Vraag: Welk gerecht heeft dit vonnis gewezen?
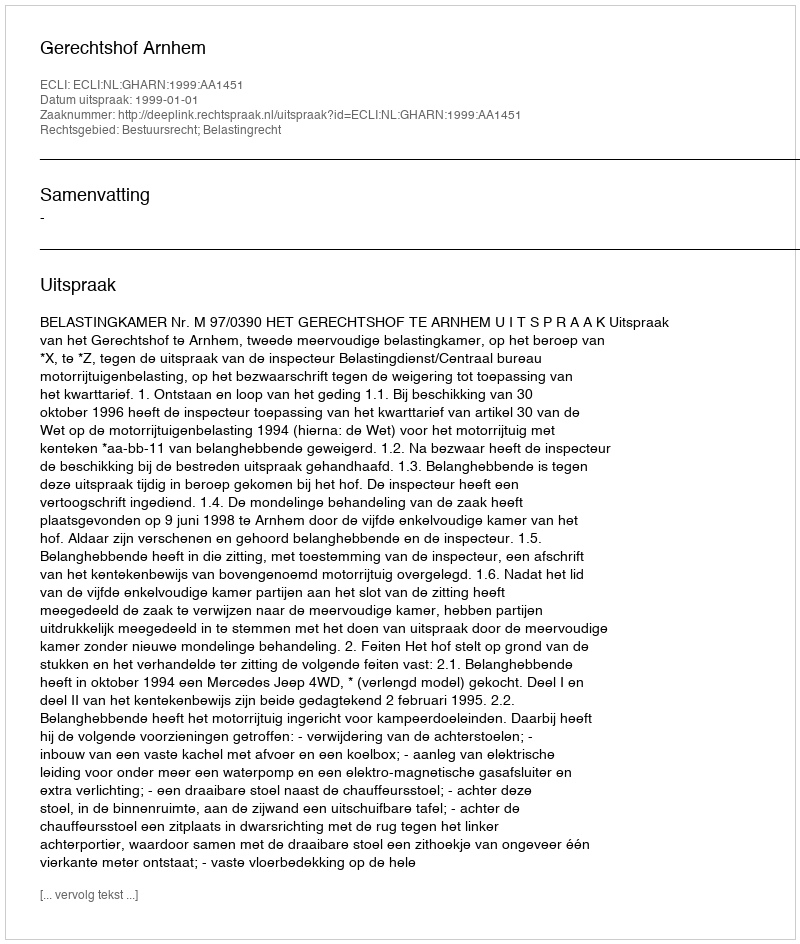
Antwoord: Gerechtshof Arnhem